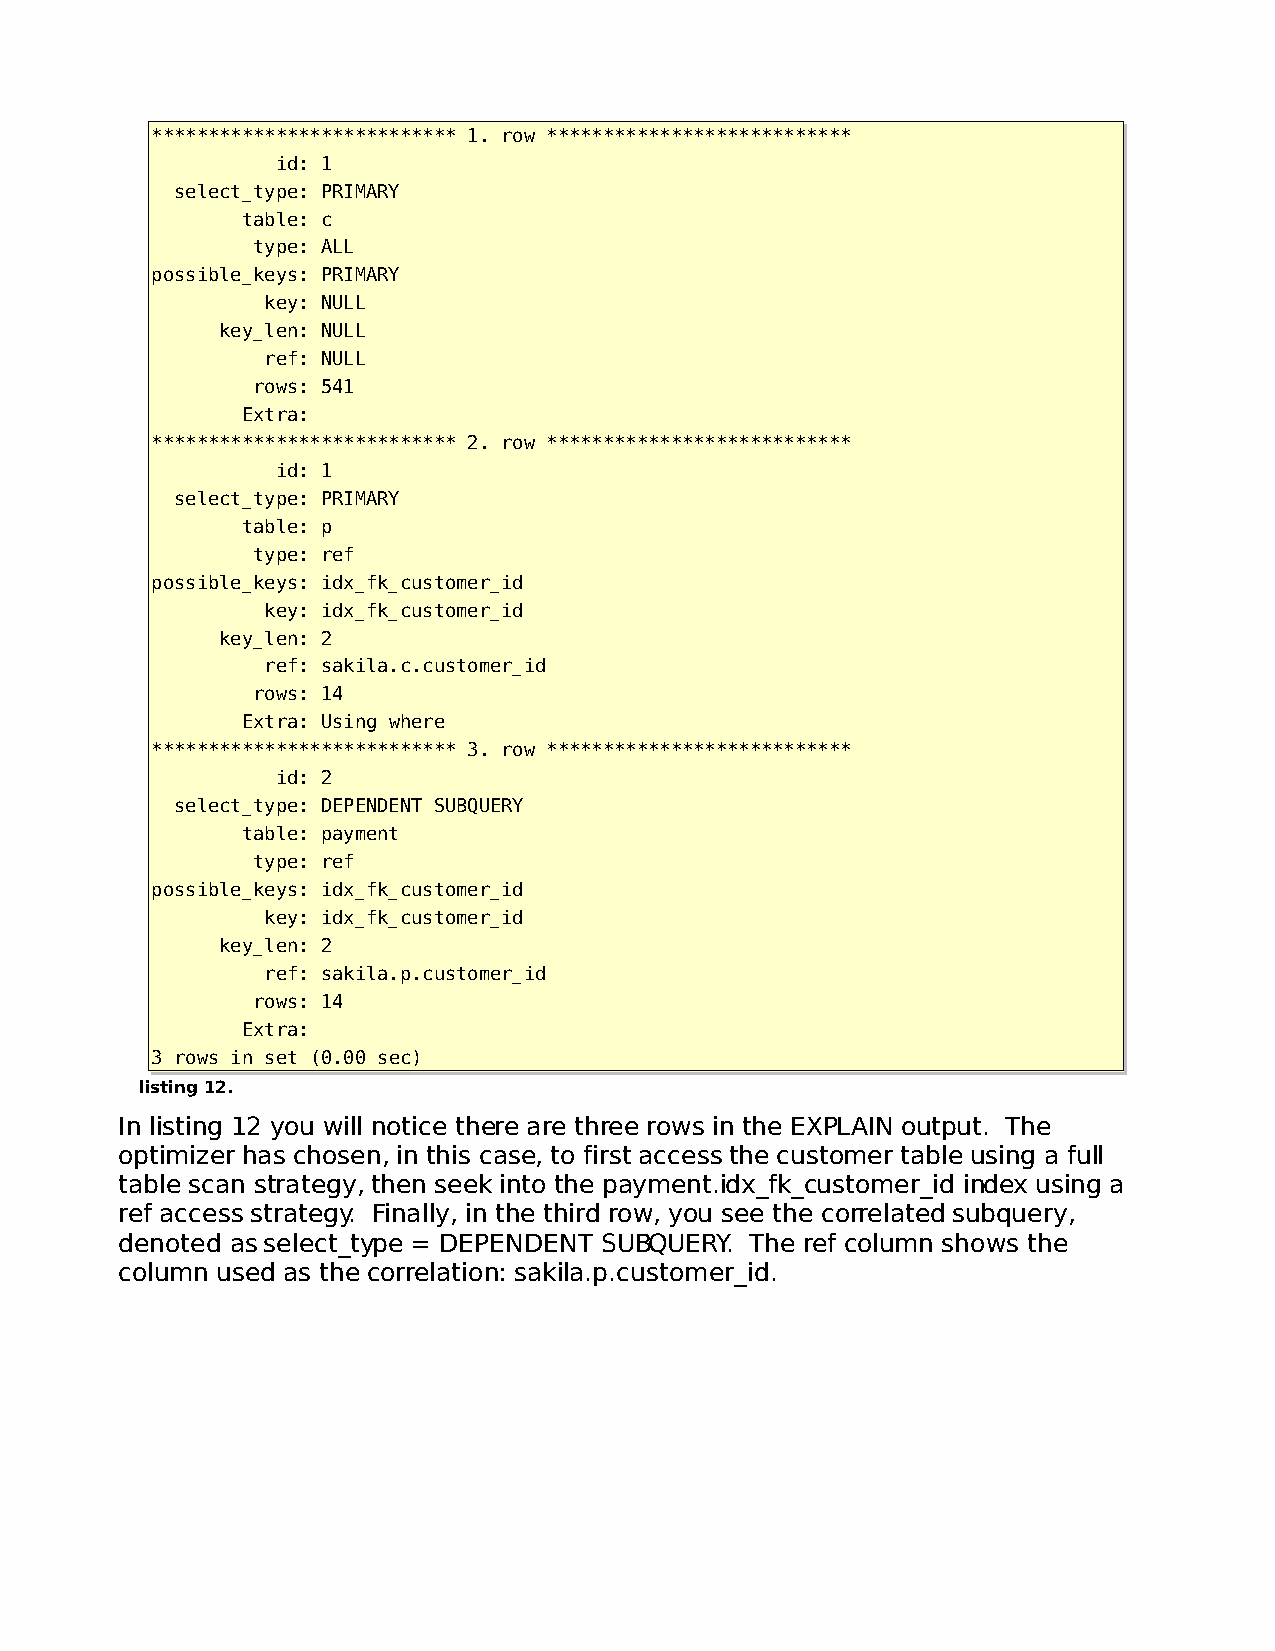
*************************** 1. row ***************************
 id: 1
 select_type: PRIMARY
 table: c
 type: ALL
 possible_keys: PRIMARY
 key: NULL
 key_len: NULL
 ref: NULL
 rows: 541
 Extra:
 *************************** 2. row ***************************
 id: 1
 select_type: PRIMARY
 table: p
 type: ref
 possible_keys: idx_fk_customer_id
 key: idx_fk_customer_id
 key_len: 2
 ref: sakila.c.customer_id
 rows: 14
 Extra: Using where
 *************************** 3. row ***************************
 id: 2
 select_type: DEPENDENT SUBQUERY
 table: payment
 type: ref
 possible_keys: idx_fk_customer_id
 key: idx_fk_customer_id
 key_len: 2
 ref: sakila.p.customer_id
 rows: 14
 Extra:
 3 rows in set (0.00 sec)
 listing 12.
 In listing 12 you will notice there are three rows in the EXPLAIN output. The
 optimizer has chosen, in this case, to first access the customer table using a full
 table scan strategy, then seek into the payment.idx_fk_customer_id index using a
 ref access strategy. Finally, in the third row, you see the correlated subquery,
 denoted as select_type = DEPENDENT SUBQUERY. The ref column shows the
 column used as the correlation: sakila.p.customer_id.